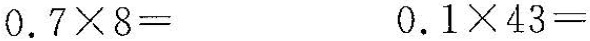
$$0.7 \times 8=$$ $$0.1 \times 43=$$